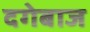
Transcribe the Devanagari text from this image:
दगेबाज